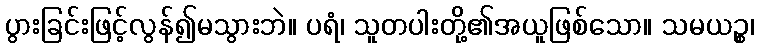
ပွားခြင်းဖြင့်လွန်၍မသွားဘဲ။ ပရံ၊ သူတပါးတို့၏အယူဖြစ်သော။ သမယဉ္စ၊